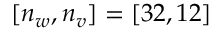
[ n _ { w } , n _ { v } ] = [ 3 2 , 1 2 ]